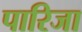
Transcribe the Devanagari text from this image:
पारिजा